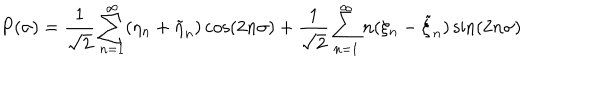
P ( \sigma ) = { \frac { 1 } { \sqrt { 2 } } } \sum _ { n = 1 } ^ { \infty } ( \eta _ { n } + \tilde { \eta } _ { n } ) \cos ( 2 n \sigma ) + { \frac { 1 } { \sqrt { 2 } } } \sum _ { n = 1 } ^ { \infty } n ( \xi _ { n } - \tilde { \xi } _ { n } ) \sin ( 2 n \sigma )